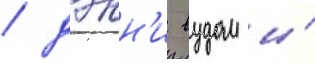
/ дэнн'и вудом и́